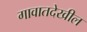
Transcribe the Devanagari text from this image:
गावातदेखील